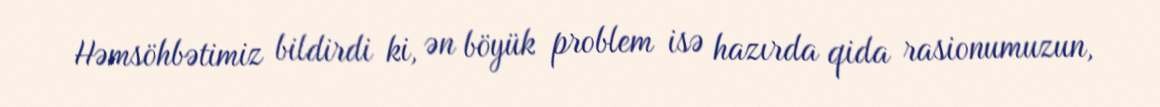
Həmsöhbətimiz bildirdi ki, ən böyük problem isə hazırda qida rasionumuzun,